Annual statistical returns and brief notes on vaccination in Bengal - 1909-1929
Year: 1909
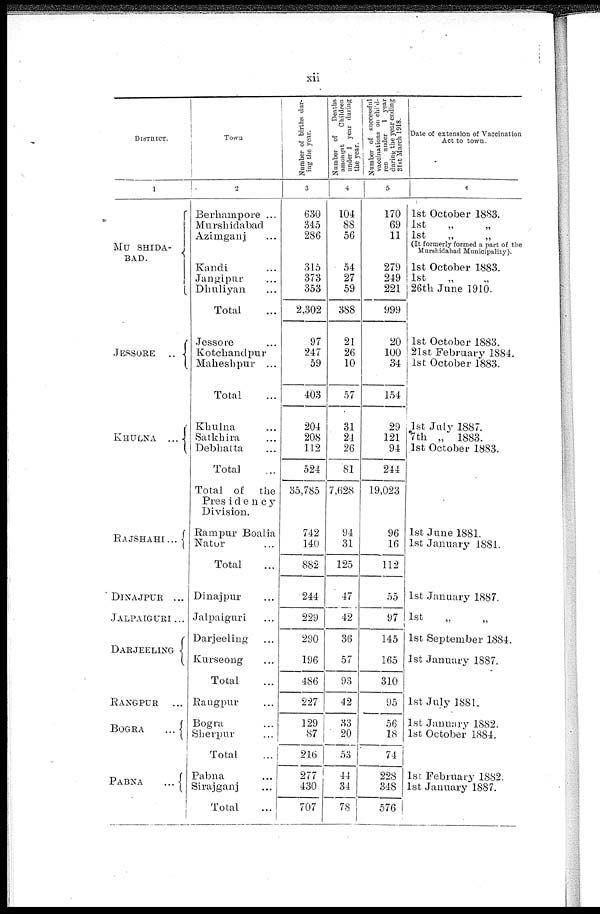
xii
DISTRICT.
1
MU SHIDA-
BAD.
JESSORE...
KHULNA...
RAJSHAHI...
DINAJPUR...
JALPAIGURI...
DARJEELING...
RANGPUR...
BOGRA...
PABNA...
Town
2
Berhampore ...
Murshidabad...
Azimganj...
Kandi...
Jangipur...
Dhuliyan...
Total...
Jessore...
Kotchandpur...
Maheshpur...
Total...
Khulna...
Satkhira...
Debhatta...
Total...
Total of the
Presidency
Division.
Rampur Boalia
Nator...
Total...
Dinajpur...
Jalpaiguri...
Darjeeling...
Kurseong...
Total...
Rangpur...
Bogra...
Sherpur...
Total...
Pabna...
Sirajganj...
Total...
Number of births dur-
ing the year.
3
630
345
286
315
373
353
2,302
97
247
59
403
204
208
112
524
35,785
742
140
882
244
229
290
196
486
227
129
87
216
277
430
707
Number of
Deaths
amongst
Children
under 1 year during
the 3year.
4
104
88
56
54
27
59
388
21
26
10
57
31
24
26
81
7,628
94
31
125
47
42
36
57
93
42
33
20
53
44
34
78
Number of successful
vaccinations on child-
ren under 1 year
during the year ending
31st March 1918.
5
170
69
11
279
249
221
999
20
100
34
154
29
121
94
244
19,023
96
16
112
55
97
145
165
310
95
56
18
74
228
348
576
Date of extension of Vaccination
Act to town.
6
1st October 1883.
1st „ „
1st
(It formerly formed a part of the
Murshidabad Municipality).
1st October 1883.
1st „ „
26th June 1910.
1st October 1883.
21st February 1884.
1st October 1883.
1st July 1887.
7th „ 1883.
1st October 1883.
1st June 1881.
1st January 1881.
1st January 1887.
1st „ „
1st September 1884.
1st January 1887.
1st July 1881.
1st January 1882.
1st October 1884.
1st February 1882.
1st January 1887.